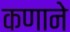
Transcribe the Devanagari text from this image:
कणाने